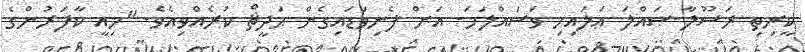
ކީރިތި ރަސޫލާ-ޞައްލަ ޢަލައިހި ވަސައްލަމަ- އަށް ފެނިވަޑައިގެން ޙަދީޘް ކުރެއްވިއެވެ. "މިއީ ކާފަރުންގެ